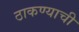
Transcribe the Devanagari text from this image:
ठाकण्याची